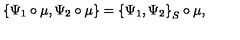
\left\{ \Psi _ { 1 } \circ \mu , \Psi _ { 2 } \circ \mu \right\} = \left\{ \Psi _ { 1 } , \Psi _ { 2 } \right\} _ { S } \circ \mu ,